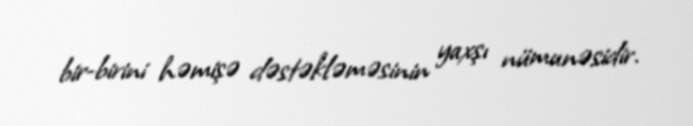
bir-birini həmişə dəstəkləməsinin yaxşı nümunəsidir.